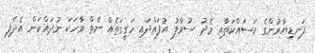
ފަނޑިޔާރުންގެ މަސައްކަތާއި މެދު ސުވާލު އުފައްދައި ހަގީގަތެއް ނެތް ވާހަކަ ނުދައްކަން އެދެފި